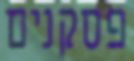
פסקנים